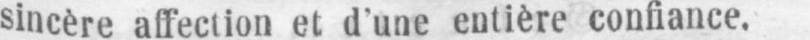
sincère affection et d’une entière confiance.